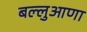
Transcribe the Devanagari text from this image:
बल्लुआणा